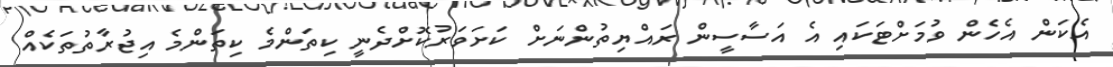
އެކަން އެހެން ވުމަށްޓަކައި އެ އަސާސީން ރައްޔިތުންނަށް ކަށަވަރުކޮށްދެނީ ކިތަންމެ ކިތަންމެ އިޖުރާތުތަކެއް